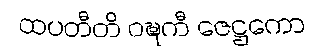
ထပတီတိ ဝဍ္ဎကီ ဇေဋ္ဌကော